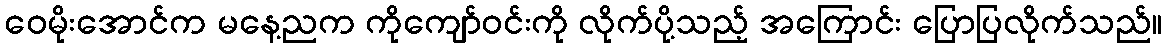
ဝေမိုးအောင်က မနေ့ညက ကိုကျော်ဝင်းကို လိုက်ပို့သည့် အကြောင်း ပြောပြလိုက်သည်။